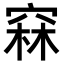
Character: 𥦝